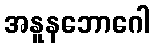
အနူနဘောဂေါ